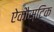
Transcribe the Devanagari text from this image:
ऐकौस्टिक